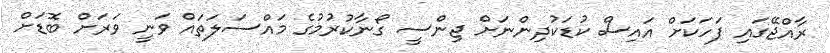
ރާއްޖޭގައި ފަހަކަށް އައިސް ކުޑަކުދިންނަށް ޖިންސީ ގޯނާކުރުމުގެ މައްސަލަތައް ވަނީ ވަރަށް ބޮޑަށް